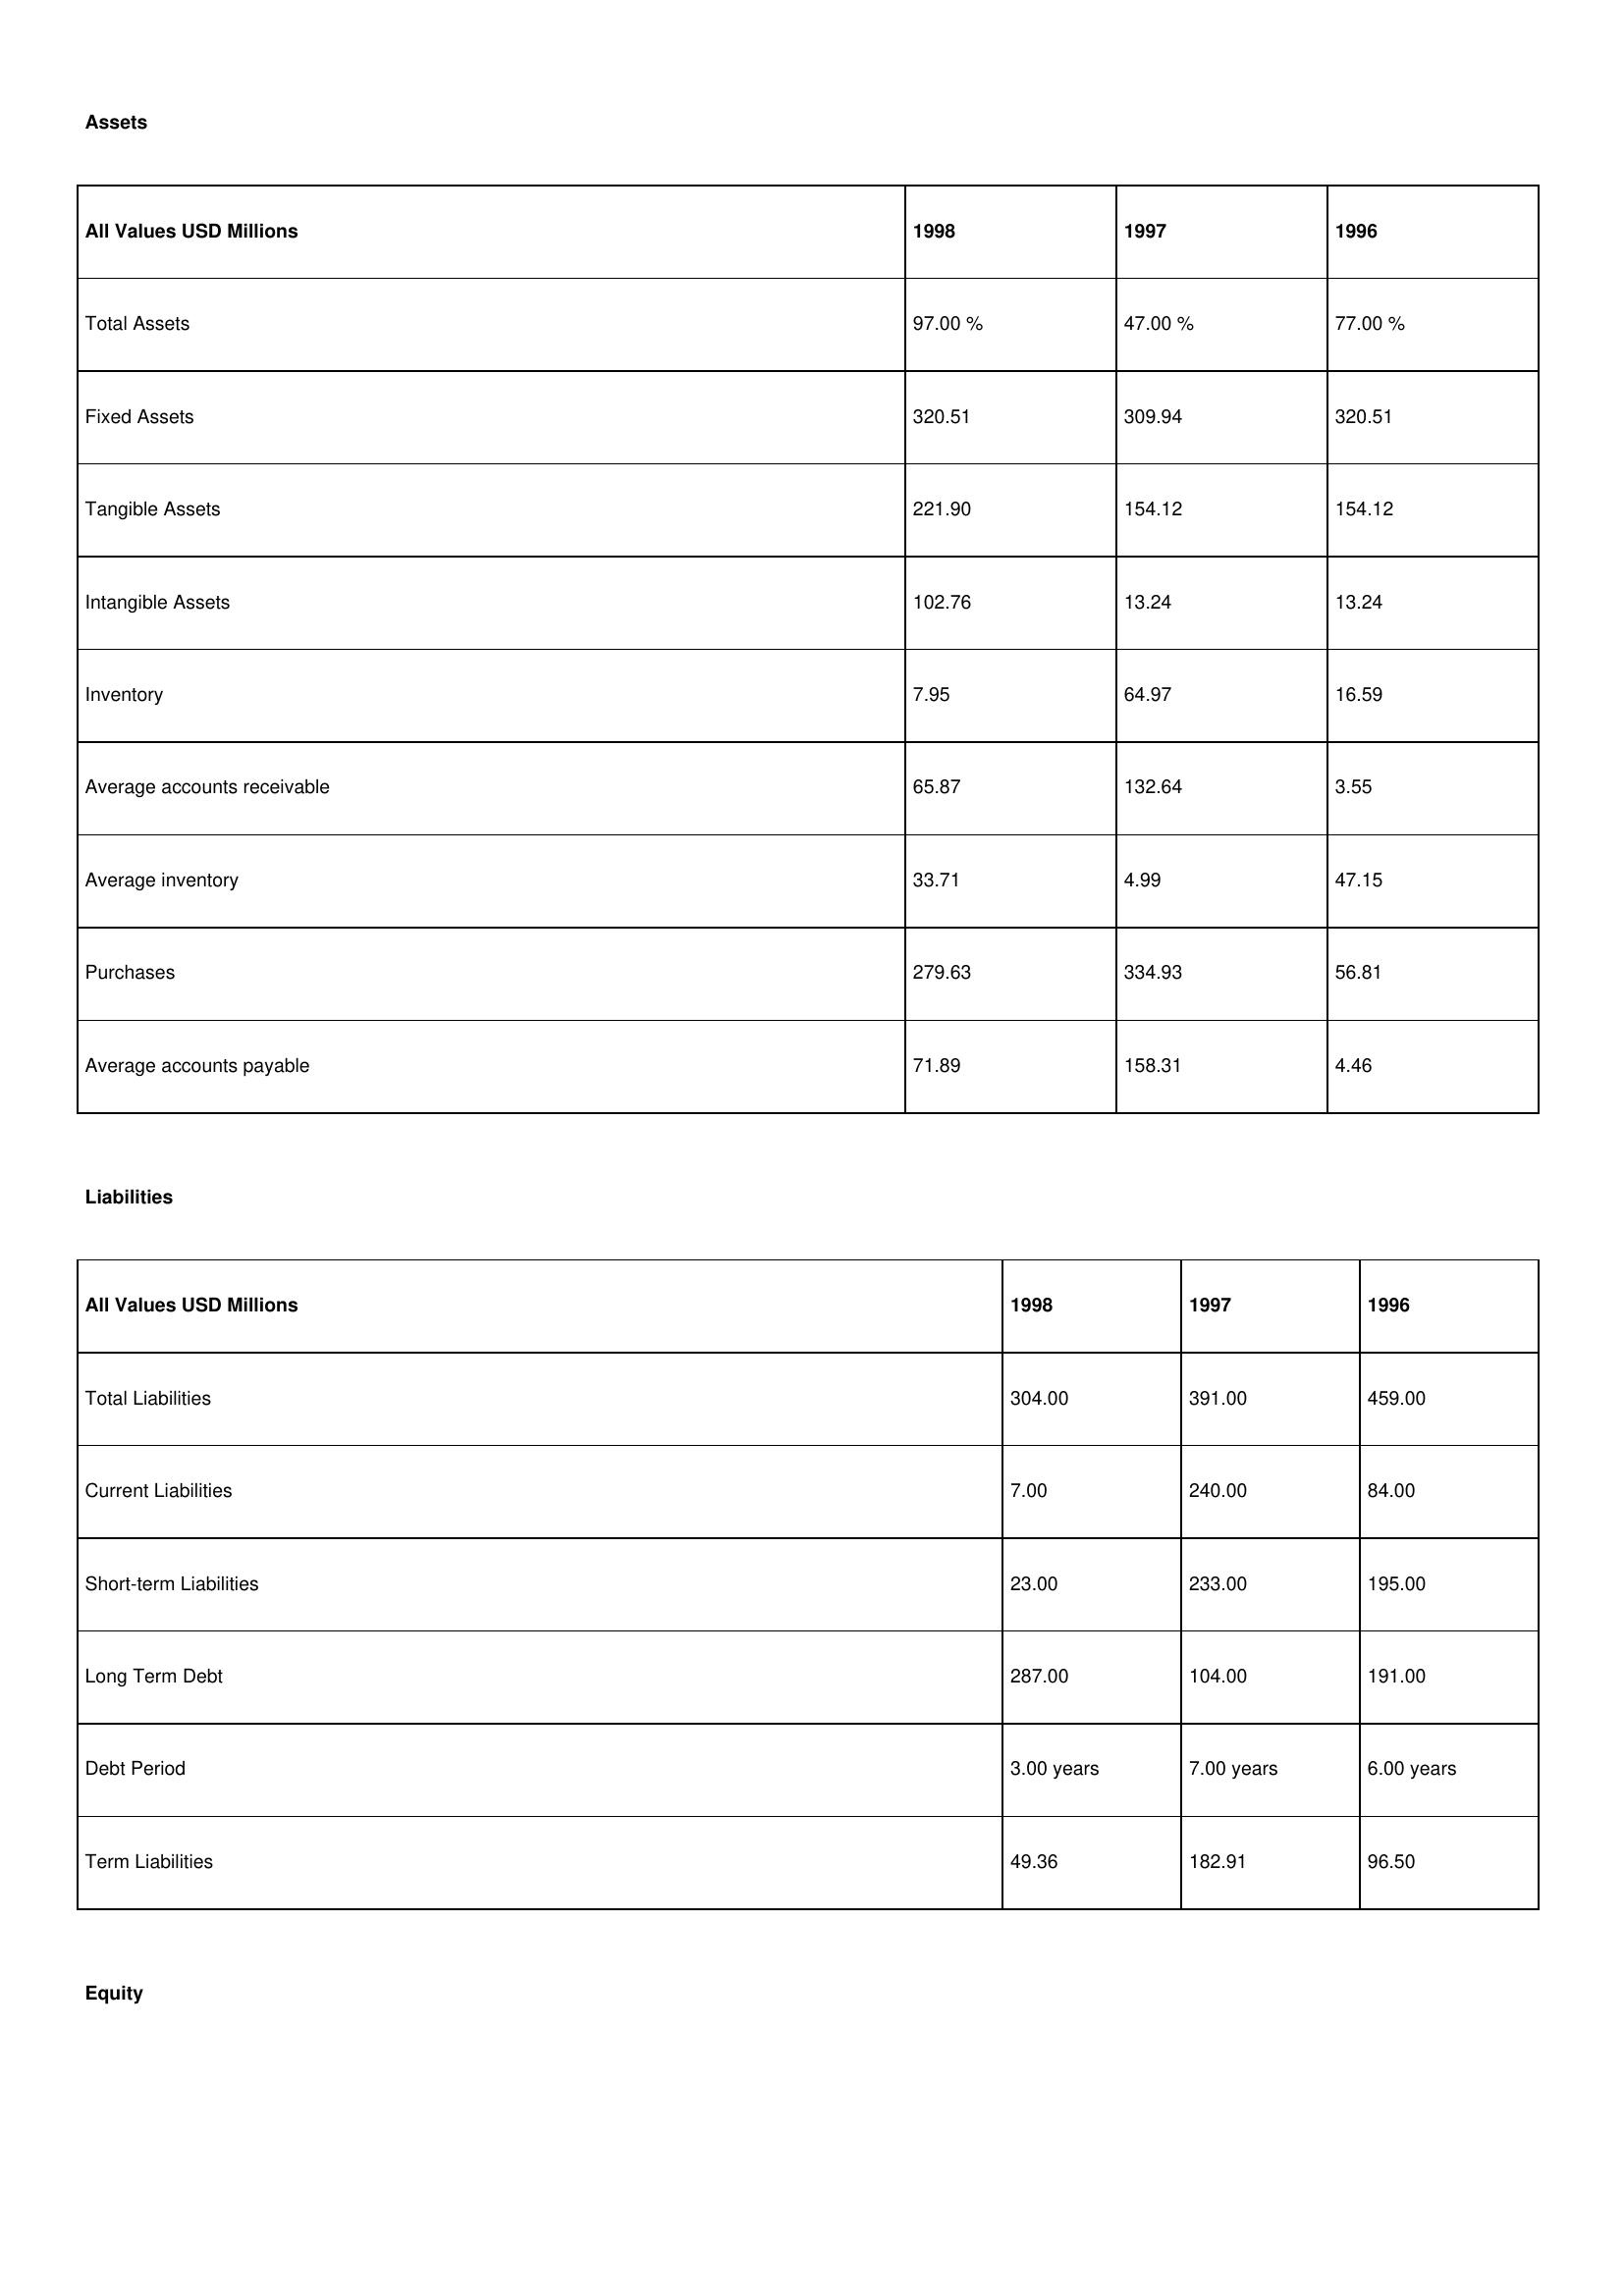
gt_parse: 1998: Assets: Total Assets: 97.00 %
Fixed Assets: 320.51
Tangible Assets: 221.90
Intangible Assets: 102.76
Inventory: 7.95
Average accounts receivable: 65.87
Average inventory: 33.71
Purchases: 279.63
Average accounts payable: 71.89
Liabilities: Total Liabilities: 304.00
Current Liabilities: 7.00
Short-term Liabilities: 23.00
Long Term Debt: 287.00
Debt Period: 3.00 years
Term Liabilities: 49.36
Equity: Common Stock: 49.02
Treasury Stock: 15.64
Other Comprehensive Income: 39.64
Total Equity: 78.00 %
Issued Capital: 214.00
Paid-up Capital: 83.94
Additional Paid-In Capital: 31.95
General Reserves: 140.13
Credit Balance: 0.76
Retained Earnings: 319.71
1997: Assets: Total Assets: 47.00 %
Fixed Assets: 309.94
Tangible Assets: 154.12
Intangible Assets: 13.24
Inventory: 64.97
Average accounts receivable: 132.64
Average inventory: 4.99
Purchases: 334.93
Average accounts payable: 158.31
Liabilities: Total Liabilities: 391.00
Current Liabilities: 240.00
Short-term Liabilities: 233.00
Long Term Debt: 104.00
Debt Period: 7.00 years
Term Liabilities: 182.91
Equity: Common Stock: 278.70
Treasury Stock: 28.79
Other Comprehensive Income: 51.06
Total Equity: 24.00 %
Issued Capital: 232.00
Paid-up Capital: 14.17
Additional Paid-In Capital: 21.64
General Reserves: 84.47
Credit Balance: 2.07
Retained Earnings: 317.93
1996: Assets: Total Assets: 77.00 %
Fixed Assets: 320.51
Tangible Assets: 154.12
Intangible Assets: 13.24
Inventory: 16.59
Average accounts receivable: 3.55
Average inventory: 47.15
Purchases: 56.81
Average accounts payable: 4.46
Liabilities: Total Liabilities: 459.00
Current Liabilities: 84.00
Short-term Liabilities: 195.00
Long Term Debt: 191.00
Debt Period: 6.00 years
Term Liabilities: 96.50
Equity: Common Stock: 271.38
Treasury Stock: 30.60
Other Comprehensive Income: 51.06
Total Equity: 47.00 %
Issued Capital: 151.00
Paid-up Capital: 62.85
Additional Paid-In Capital: 26.55
General Reserves: 137.04
Credit Balance: 13.39
Retained Earnings: 319.71